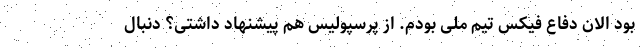
بود الان دفاع فیکس تیم ملی بودم. از پرسپولیس هم پیشنهاد داشتی؟ دنبال